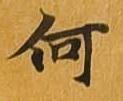
何